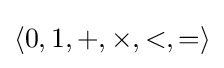
\langle 0,1,+,\times ,<,=\rangle